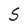
Character: S